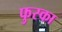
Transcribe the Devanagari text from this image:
फुस्का